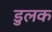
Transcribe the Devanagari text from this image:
डुलक